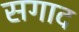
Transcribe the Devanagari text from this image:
सगाद